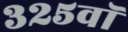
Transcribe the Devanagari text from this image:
३२५वॉ